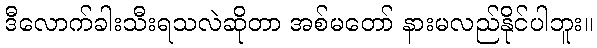
ဒီလောက်ခါးသီးရသလဲဆိုတာ အစ်မတော် နားမလည်နိုင်ပါဘူး။